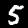
Digit: 5